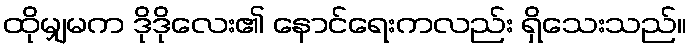
ထိုမျှမက ဒိုဒိုလေး၏ နောင်ရေးကလည်း ရှိသေးသည်။